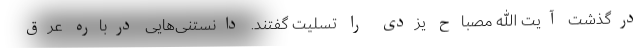
درگذشت آیت الله مصباح یزدی را تسلیت گفتند. دانستنی‌هایی درباره عرق